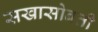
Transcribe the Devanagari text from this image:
सखासोबती